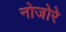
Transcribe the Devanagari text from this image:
नोजोरे